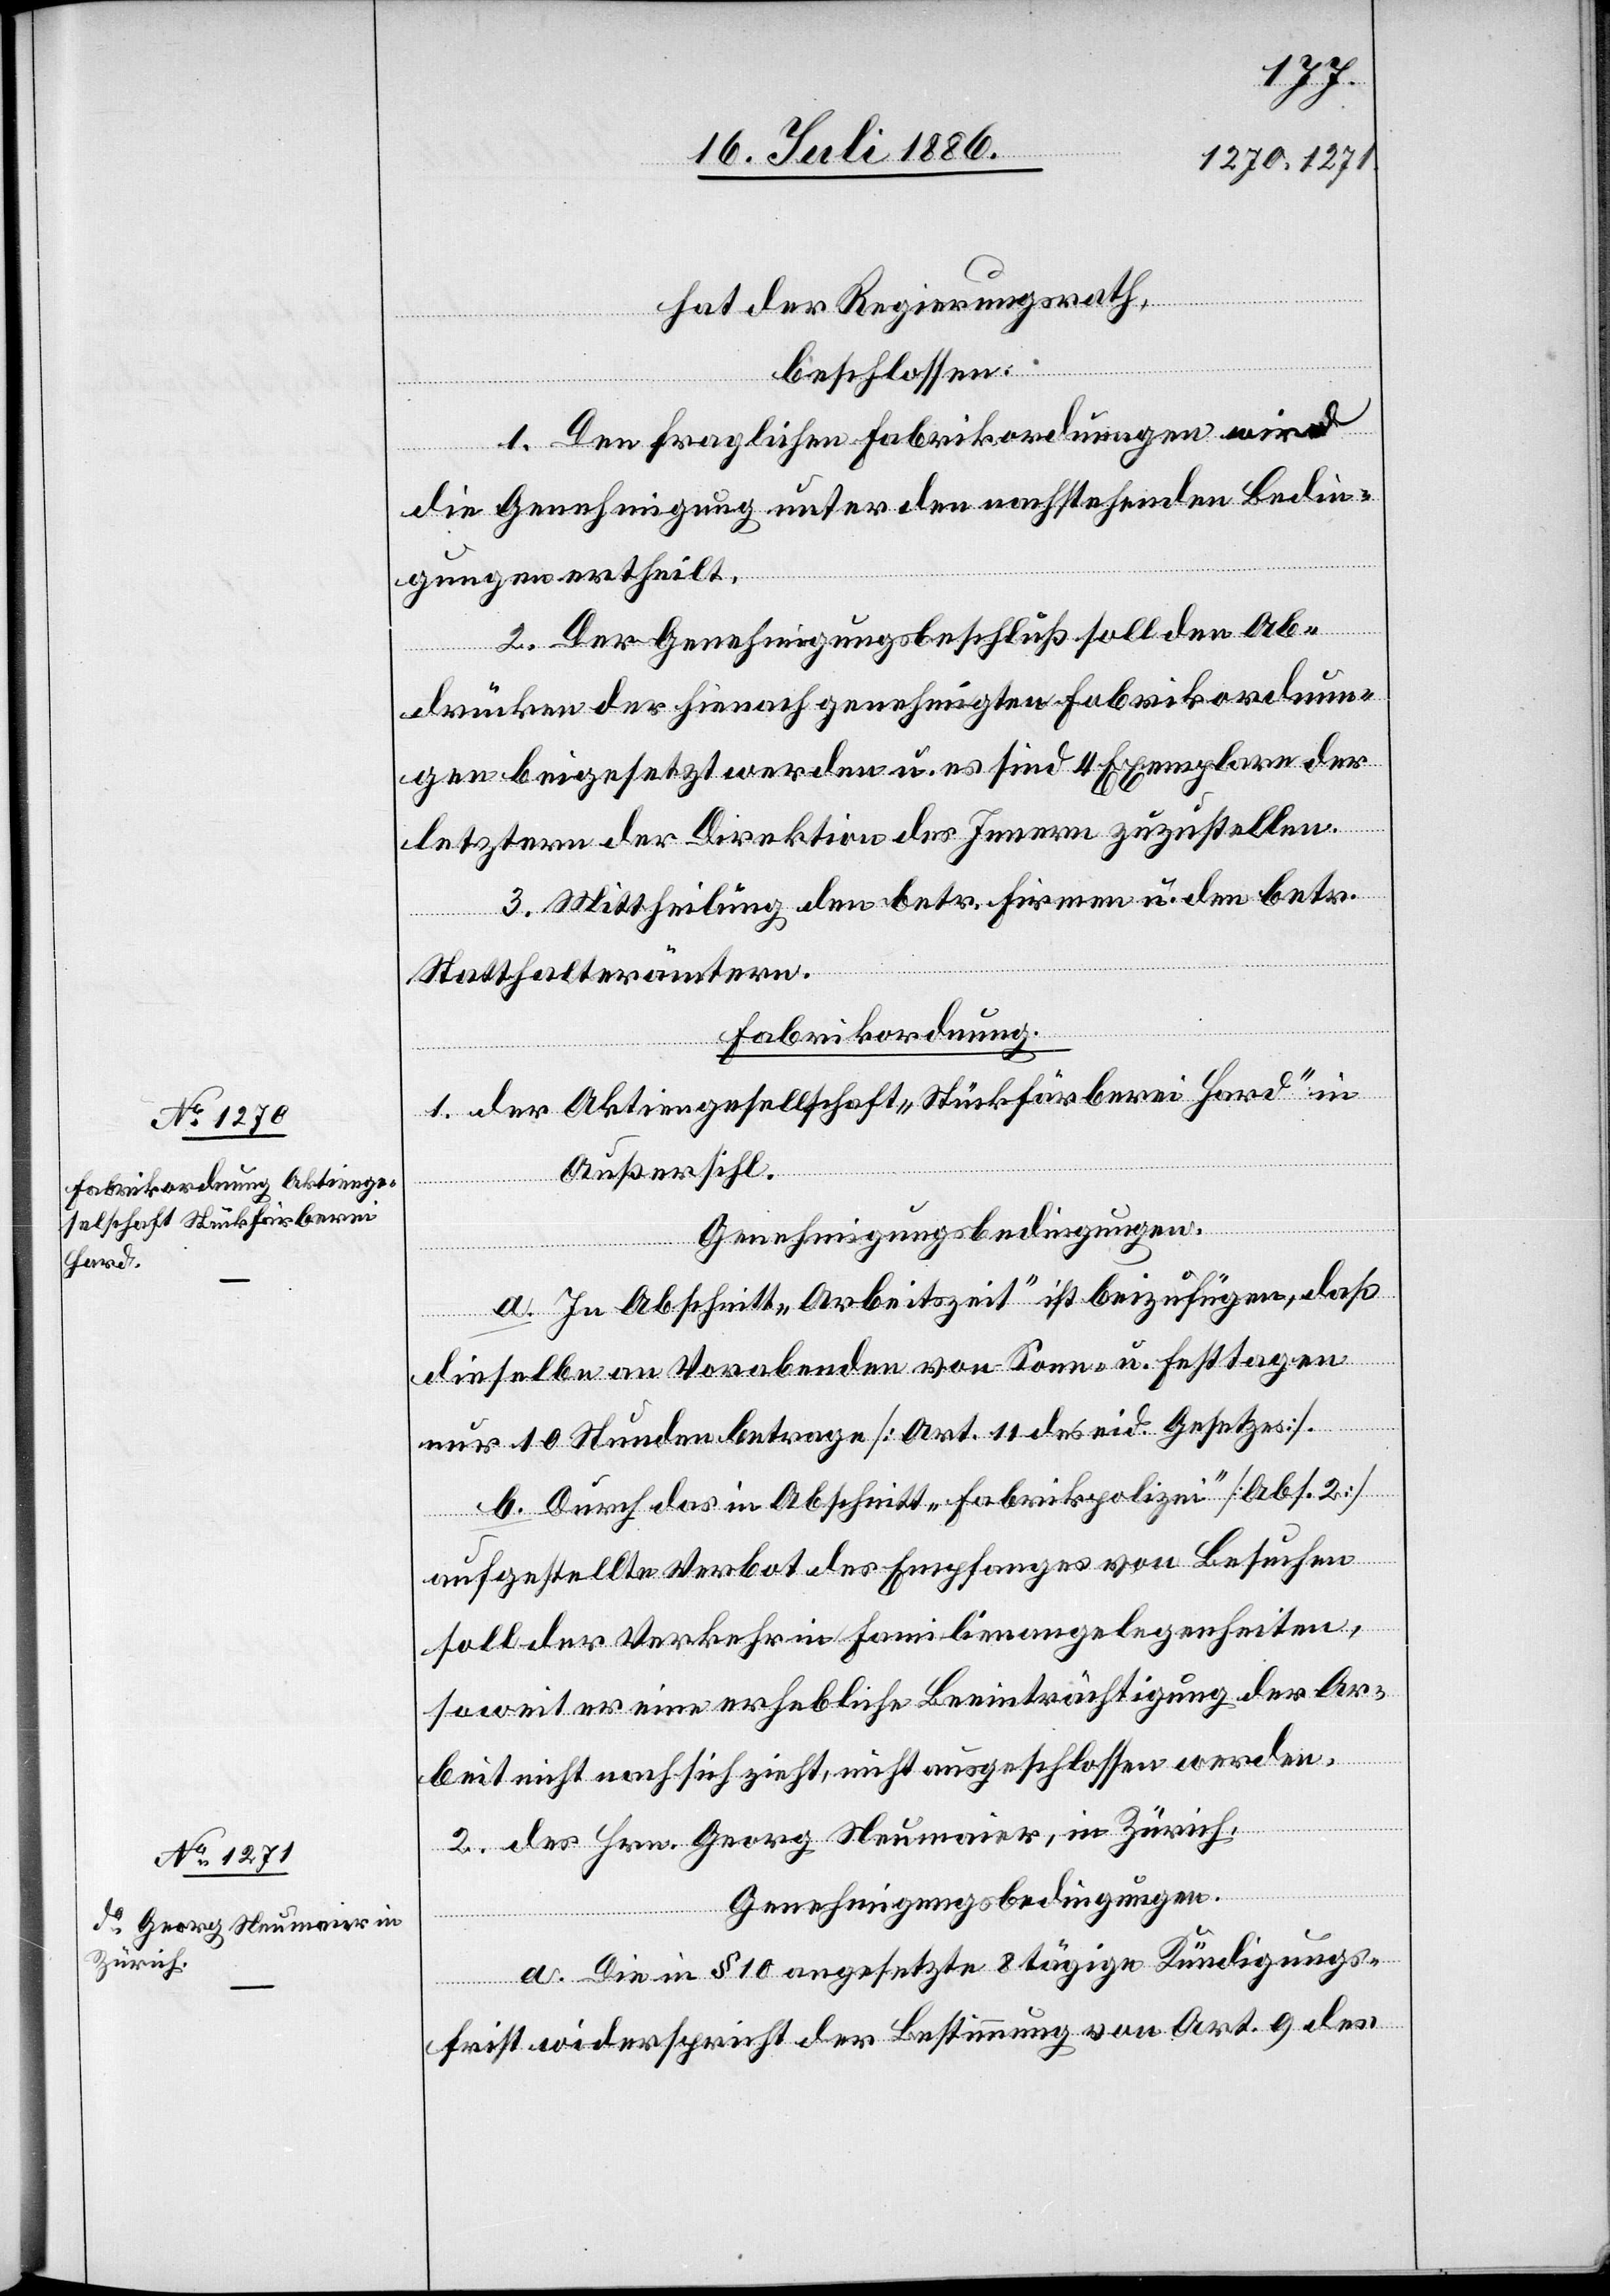
sellschaft „Stückfärberei
Hard“
Hrn. Georg Neumaier, in
Zürich.

Aktienge¬
hat der Regierungsrath,
beschlossen:
1. Den fraglichen Fabrikordnungen wird
die Genehmigung unter den nachstehenden Bedin¬
gungen ertheilt.
2. Der Genehmigungsbeschluß soll den Ab¬
drücken der hienach genehmigten Fabrikordnun¬
gen beigesetzt werden u. es sind 4 Exemplare der
letztern der Direktion des Innern zuzustellen.
3. Mittheilung den betr. Firmen u. den betr.
Statthalterämtern.
Fabrikordnung.
Außersihl.
Genehmigungsbedingungen.
a. In Abschnitt „Arbeitszeit“ ist beizufügen, daß
des
dieselbe an Vorabenden von Sonn- u. Festtagen
nur 10 Stunden betrage [Art. 11 des eid. Gesetzes].
b. Durch das in Abschnitt „Fabrikpolizei“ [Abs. 2]
aufgestellte Verbot des Empfanges von Besuchen
soll der Verkehr in Familienangelegenheiten,
soweit er eine erhebliche Beeinträchtigung der Ar¬
beit nicht nach sich zieht, nicht ausgeschlossen werden.
Genehmigungsbedingungen.
a. Die in § 10 angesetzte 8tägige Kündigungs¬
frist widerspricht der Bestimmung von Art. 9 des